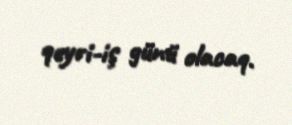
qeyri-iş günü olacaq.